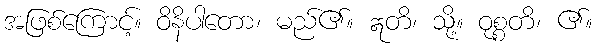
အဖြစ်ကြောင့်။ ဝိနိပါတော၊ မည်၏။ ဣတိ၊ သို့။ ဝုစ္စတိ၊ ၏။